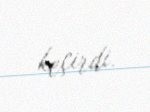
keçirdi.